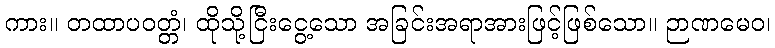
ကား။ တထာပဝတ္တံ၊ ထိုသို့ငြီးငွေ့သော အခြင်းအရာအားဖြင့်ဖြစ်သော။ ဉာဏမေဝ၊